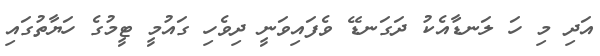
އަދި މި ހަ ލަނޑާއެކު ދަގަނޑޭ ވެފައިވަނީ ދިވެހި ގައުމީ ޓީމުގެ ހަޔާތުގައި